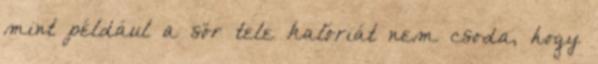
mint például a sör tele kalóriát nem csoda, hogy